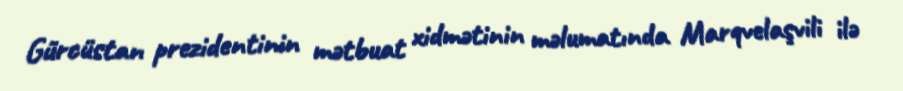
Gürcüstan prezidentinin mətbuat xidmətinin məlumatında Marqvelaşvili ilə